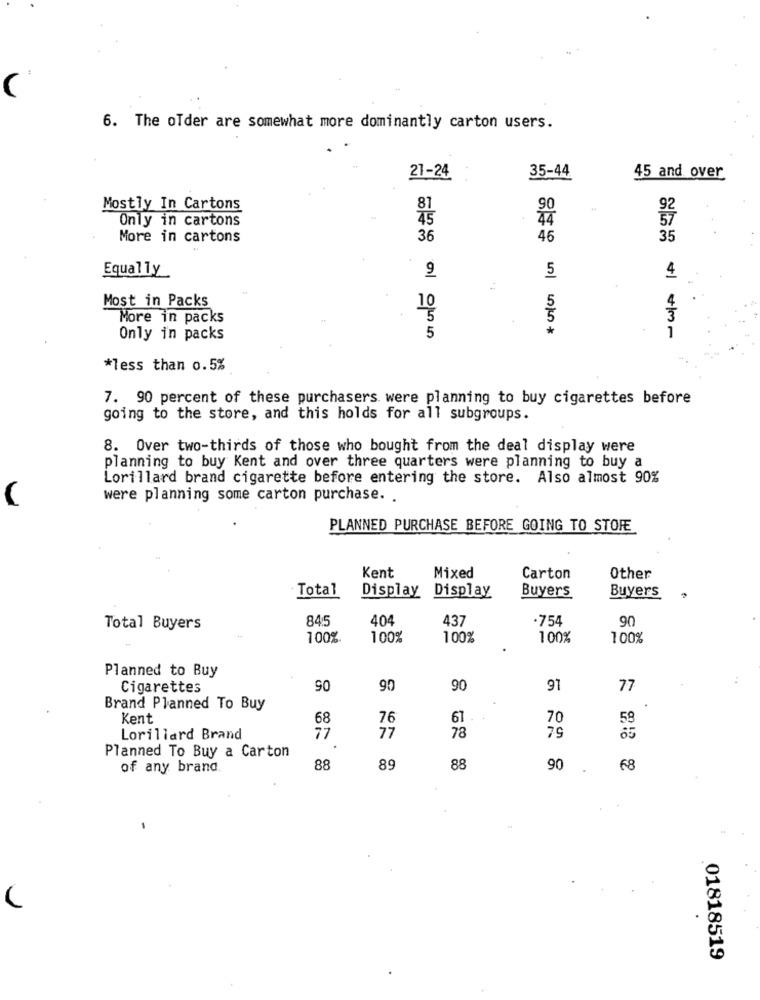
6. The older are somewhat more dominantly carton users.
21-24
35-44
45 and over
Mostly In Cartons
81
Only in cartons
45
More in cartons
36
46
35
Equally
9
5
4
Most in Packs
4
10
5
More in packs
5
5
*
.
Only in packs
*less than o.5%
7. 90 percent of these purchasers were planning to buy cigarettes before
going to the store, and this holds for all subgroups.
8. Over two-thirds of those who bought from the deal display were
planning to buy Kent and over three quarters were planning to buy a
Lorillard brand cigarette before entering the store. Also almost 90%
were planning some carton purchase. .
PLANNED PURCHASE BEFORE GOING TO STORE
Kent
Mixed
Carton
Other
Total
Display Display
Buyers
Buyers
845
404
437
.754
90
Total Buyers
100%
100%
100%
100%
100%
Planned to Buy
Cigarettes
90
90
90
91
77
Brand Planned To Buy
Kent
68
76
61
70
77
78
Lorillard Brand
77
79
Planned To Buy a Carton
of any brand
88
89
88
90
68
01818519